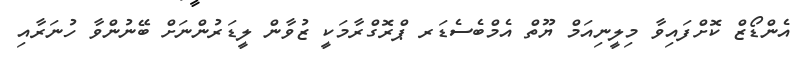
އެންޑޯޒް ކޮށްފައިވާ މިލީނިއަމް ޔޫތް އެމްބެސެޑަރ ޕްރޮގްރާމަކީ ޒުވާން ލީޑަރުންނަށް ބޭނުންވާ ހުނަރާއި